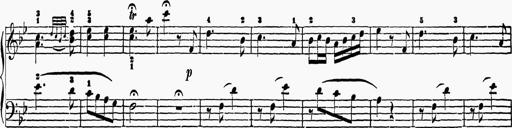
Title: 6 Sonatas
Composer: Muzio Clementi